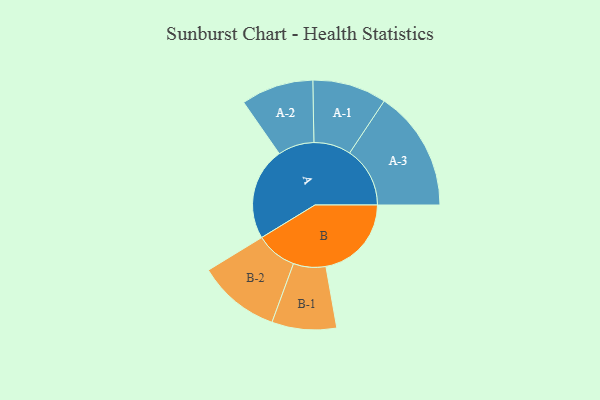
{"axis": {"x": "Segment", "y": "Value"}, "legend": ["", "A", "B"], "data": [{"x": "A", "y": 430, "type": ""}, {"x": "B", "y": 397, "type": ""}, {"x": "A-1", "y": 172, "type": "A"}, {"x": "A-2", "y": 168, "type": "A"}, {"x": "A-3", "y": 280, "type": "A"}, {"x": "B-1", "y": 150, "type": "B"}, {"x": "B-2", "y": 191, "type": "B"}]}